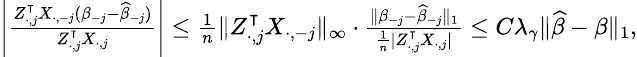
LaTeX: \begin{array}{r}{{\small\left\vert\frac{Z_{\cdot,j}^{\intercal}X_{\cdot,-j}(\beta_{-j}-\widehat{\beta}_{-j})}{Z_{\cdot,j}^{\intercal}X_{\cdot,j}}\right\vert\leq\frac{1}{n}\| Z_{\cdot,j}^{\intercal}X_{\cdot,-j}\| _{\infty}\cdot\frac{\| \beta_{-j}-\widehat{\beta}_{-j}\| _{1}}{\frac{1}{n}\vert Z_{\cdot,j}^{\intercal}X_{\cdot,j}\vert}\leq C\lambda_{\gamma}\| \widehat{\beta}-\beta\| _{1},}}\end{array}